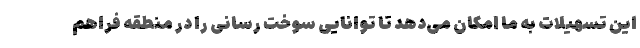
این تسهیلات به ما امکان می‌دهد تا توانایی سوخت رسانی را در منطقه فراهم